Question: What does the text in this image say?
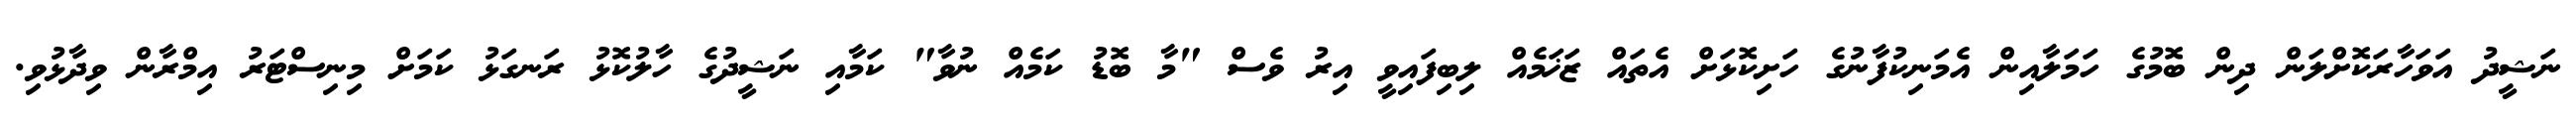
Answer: ނަޝީދު އަވަހާރަކޮށްލަން ދިން ބޮމުގެ ހަމަލާއިން އެމަނިކުފާނުގެ ހަށިކޮޅަށް އެތައް ޒަޚަމެއް ލިބިފައިވީ އިރު ވެސް "މާ ބޮޑު ކަމެއް ނުވާ" ކަމާއި ނަޝީދުގެ ހާލުކޮޅު ރަނގަޅު ކަމަށް މިނިސްޓަރު އިމްރާން ވިދާޅުވި.